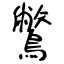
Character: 鷩